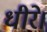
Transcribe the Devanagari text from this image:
धीरे।